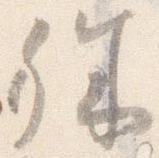
殊